Civil Veterinary Dept. Bombay admin report 1900-1906 - 1900-1906
Year: 1900
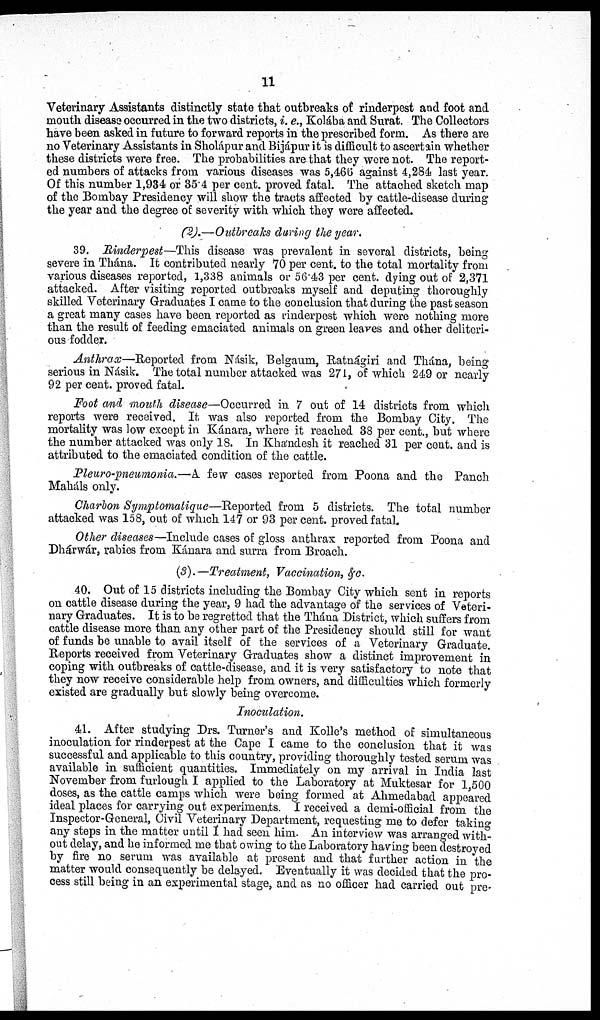
11
Veterinary Assistants distinctly state that outbreaks of rinderpest and foot and
mouth disease occurred in the two districts, i. e., Kolába and Surat. The Collectors
have been asked in future to forward reports in the prescribed form. As there are
no Veterinary Assistants in Sholápur and Bijápur it is difficult to ascertain whether
these districts were free. The probabilities are that they were not. The report-
ed numbers of attacks from various diseases was 5,465 against 4,284 last year.
Of this number 1,934 or 35.4 per cent. proved fatal. The attached sketch map
of the Bombay Presidency will show the tracts affected by cattle-disease during
the year and the degree of severity with which they were affected.
(2).—Outbreaks during the year.
39. Rinderpest—This disease was prevalent in several districts, being
severe in Thána. It contributed nearly 70 per cent. to the total mortality from
various diseases reported, 1,338 animals or 56.43 per cent. dying out of 2,371
attacked. After visiting reported outbreaks myself and deputing thoroughly
skilled Veterinary Graduates I came to the conclusion that during the past season
a great many cases have been reported as rinderpest which were nothing more
than the result of feeding emaciated animals on green leaves and other deliteri-
ous fodder.
Anthrax—Reported from Násik, Belgaum, Ratnágiri and Thána, being
serious in Násik. The total number attacked was 271, of which 249 or nearly
92 per cent. proved fatal.
Foot and mouth disease—Occurred in 7 out of 14 districts from which
reports were received. It was also reported from the Bombay City. The
mortality was low except in Kánara, where it reached 38 per cent., but where
the number attacked was only 18. In Khandesh it reached 31 per cent. and is
attributed to the emaciated condition of the cattle.
Pleuro-pneumonia.—A few cases reported from Poona and the Panch
Maháls only.
Charbon Symptomatique—Reported from 5 districts. The total number
attacked was 158, out of which 147 or 93 per cent. proved fatal.
Other diseases—Include cases of gloss anthrax reported from Poona and
Dhárwár, rabies from Kánara and surra from Broach.
(3).—Treatment, Vaccination, &c.
40. Out of 15 districts including the Bombay City which sent in reports
on cattle disease during the year, 9 had the advantage of the services of Veteri-
nary Graduates. It is to be regretted that the Thána District, which suffers from
cattle disease more than any other part of the Presidency should still for want
of funds be unable to avail itself of the services of a Veterinary Graduate.
Reports received from Veterinary Graduates show a distinct improvement in
coping with outbreaks of cattle-disease, and it is very satisfactory to note that
they now receive considerable help from owners, and difficulties which formerly
existed are gradually but slowly being overcome.
Inoculation.
41. After studying Drs. Turner's and Kolle's method of simultaneous
inoculation for rinderpest at the Cape I came to the conclusion that it was
successful and applicable to this country, providing thoroughly tested serum was
available in sufficient quantities. Immediately on my arrival in India last
November from furlough I applied to the Laboratory at Muktesar for 1,500
doses, as the cattle camps which were being formed at Ahmedabad appeared
ideal places for carrying out experiments. I received a demi-official from the
Inspector-General, Civil Veterinary Department, requesting me to defer taking
any steps in the matter until I had seen him. An interview was arranged with-
out delay, and he informed me that owing to the Laboratory having been destroyed
by fire no serum was available at present and that further action in the
matter would consequently be delayed. Eventually it was decided that the pro-
cess still being in an experimental stage, and as no officer had carried out pre-